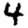
Digit: 4